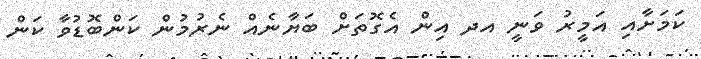
ކަމަށާއި އަމީރު ވަނީ އދ އިން އެގޮތަށް ބަޔާނެއް ނެރުމުން ކަންބޮޑުވާ ކަން